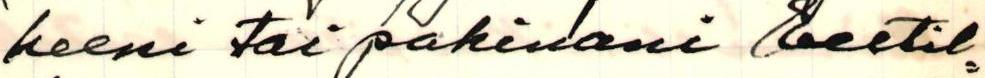
heeni tai pakinani Eestil=